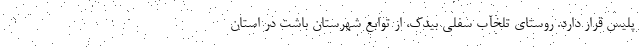
پلیس قرار دارد. روستای تلخآب سفلی بیدک، از توابع شهرستان باشت در استان